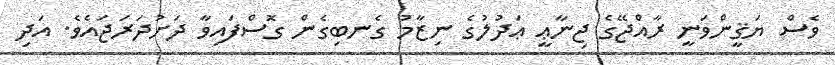
ވެސް ޔަޤީންވަނީ ރާއްޖޭގެ ޖިނާޢީ ޢަދުލުގެ ނިޒާމު ގެނބިގެން ގޮސްފައިވާ ދަށުދަރަޖައެވެ. އަދި